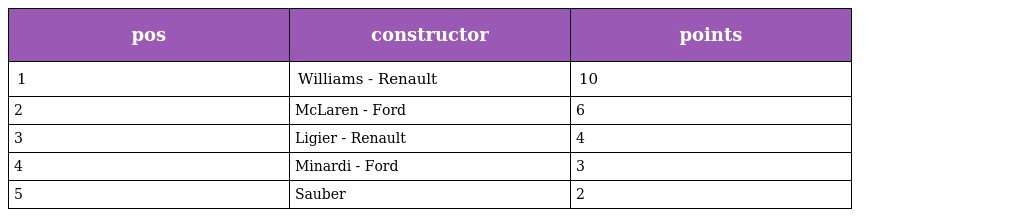
| pos | constructor | points |
 | --- | --- | --- |
 | 1 | Williams - Renault | 10 |
 | 2 | McLaren - Ford | 6 |
 | 3 | Ligier - Renault | 4 |
 | 4 | Minardi - Ford | 3 |
 | 5 | Sauber | 2 |